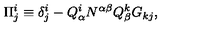
\Pi _ { j } ^ { i } \equiv \delta _ { j } ^ { i } - Q _ { \alpha } ^ { i } N ^ { \alpha \beta } Q _ { \beta } ^ { k } G _ { k j } ,